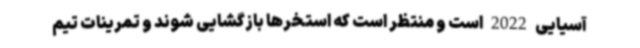
آسیایی 2022 است و منتظر است که استخرها بازگشایی شوند و تمرینات تیم